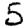
Digit: 5